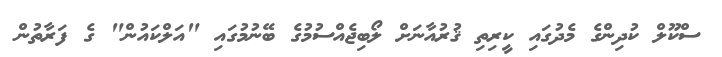
ސްކޫލް ކުދިންގެ މެދުގައި ކީރިތި ޤުރުއާނަށް ލޯބިޖެއްސުމުގެ ބޭނުމުގައި "އަލްކައުން" ގެ ފަރާތުން